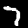
Label: 7